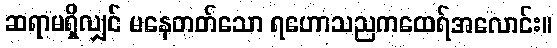
ဆရာမရှိလျှင် မနေတတ်သော ရဟောသညကထေရ်အလောင်း။